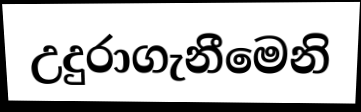
උදුරාගැනීමෙනි